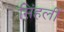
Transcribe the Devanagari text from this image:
सिंहलीं